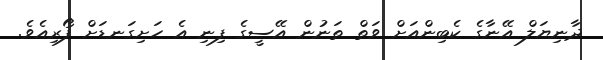
ދާނިޔަލް އޭނާގެ ކެބިންއަށް ވަތް ތަނުން އޭސީގެ ފިނި އެ ހަށިގަނޑަށް ފޯރިއެވެ.